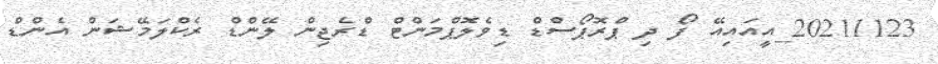
20211123_އީއައިއޭ ފޯ ދި ޕްރޮޕޯސްޑް ޑިވެލޮޕްމަންޓް ޑްރެޖިން ލޭންޑް ރެކްލަމޭޝަން އެންޑް